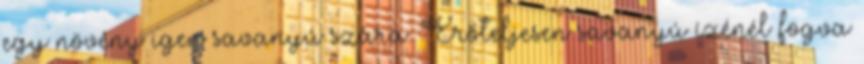
egy növény igen savanyú szára. Erőteljesen savanyú ízénél fogva